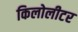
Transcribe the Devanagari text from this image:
किलोलीटर